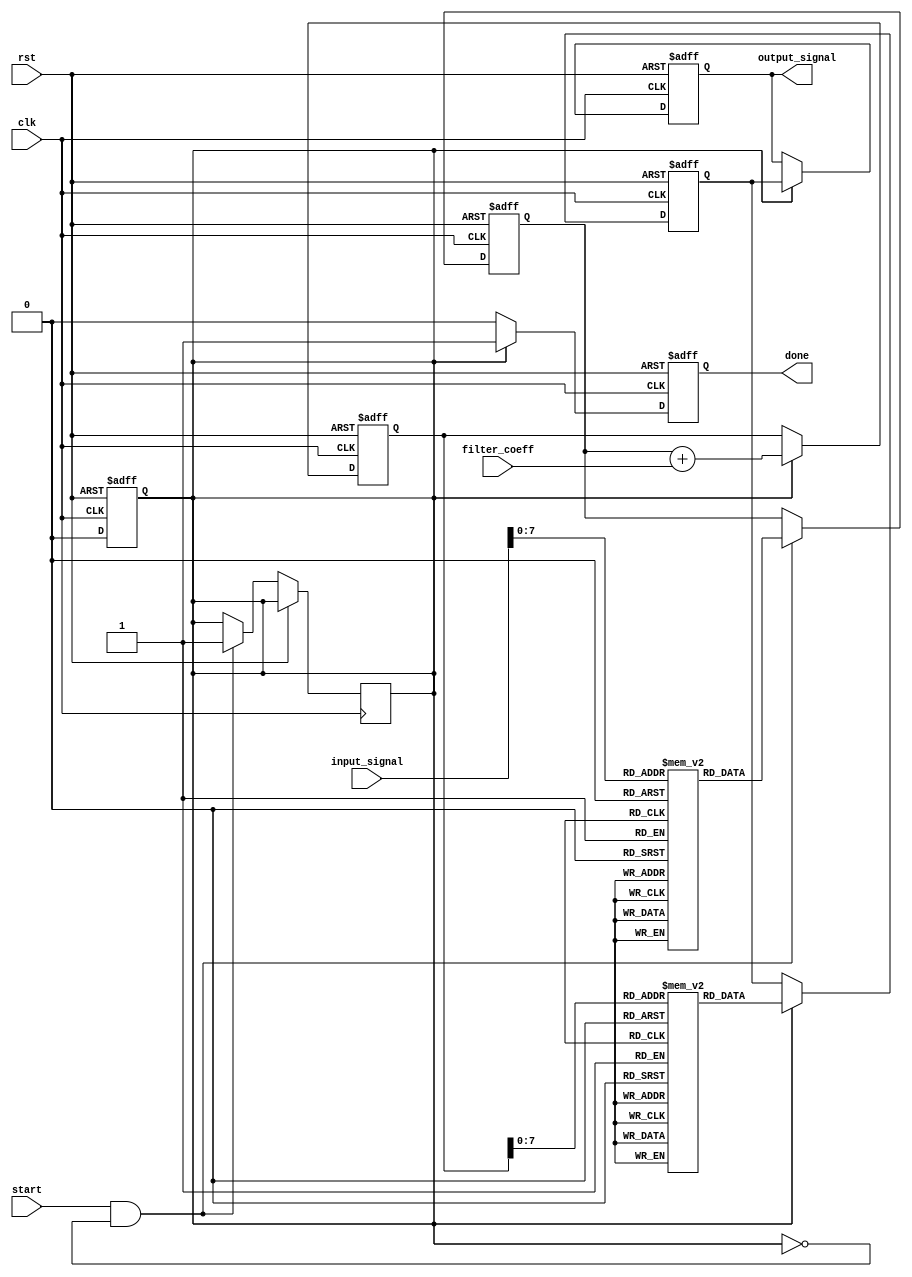
module LogarithmicFilter #(
    parameter N = 16, // Data width
    parameter LUT_SIZE = 256 // Size of the LUT for logarithmic and exponential conversion
)(
    input wire clk,
    input wire rst,
    input wire start,
    input wire [N-1:0] input_signal,
    input wire [N-1:0] filter_coeff, // Coefficient for filtering
    output reg [N-1:0] output_signal,
    output reg done
);

    // Logarithmic and Exponential LUTs
    reg [N-1:0] log_lut [0:LUT_SIZE-1];
    reg [N-1:0] exp_lut [0:LUT_SIZE-1];

    // Internal signals
    reg [N-1:0] log_output;
    reg [N-1:0] filtered_log;
    reg [N-1:0] exp_output;
    reg processing;

    // Initialize LUTs (this should be done in a separate initialization block)
    initial begin
        // Populate log_lut and exp_lut with appropriate values
        // Example: log_lut[i] = log2(i) * scale_factor; 
        // Example: exp_lut[i] = exp2(i) * scale_factor;
    end

    // Logarithmic Converter
    always @(posedge clk or posedge rst) begin
        if (rst) begin
            log_output <= 0;
        end else if (start && !processing) begin
            log_output <= log_lut[input_signal]; // Lookup logarithmic value
            processing <= 1;
        end
    end

    // Processing Block
    always @(posedge clk or posedge rst) begin
        if (rst) begin
            filtered_log <= 0;
        end else if (processing) begin
            filtered_log <= log_output + filter_coeff; // Example: simple addition for filtering
        end
    end

    // Exponential Converter
    always @(posedge clk or posedge rst) begin
        if (rst) begin
            exp_output <= 0;
        end else if (processing) begin
            exp_output <= exp_lut[filtered_log]; // Lookup exponential value
        end
    end

    // Output Stage
    always @(posedge clk or posedge rst) begin
        if (rst) begin
            output_signal <= 0;
            done <= 0;
            processing <= 0;
        end else if (processing) begin
            output_signal <= exp_output; // Final output
            done <= 1; // Indicate processing is done
            processing <= 0; // Reset processing state
        end else begin
            done <= 0; // Reset done signal
        end
    end

endmodule